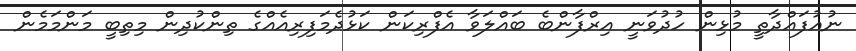
ނުއުފައްދާތީ މުޅިން ހުދުވަނީ އިރްފާންބެ ބައްލަވާ އެފްރިކަން ކަޅުދެމަފިރިއެއްގެ ތިންކުދިން މިތިބީ މަންމަމެން